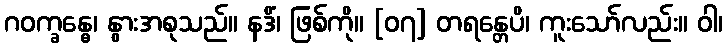
ဂဝက္ခန္ဓေ၊ နွားအစုသည်။ နဒိံ၊ ဖြစ်ကို။ [၀၇] တရန္တေပိ၊ ကူးသော်လည်း။ ဝါ၊